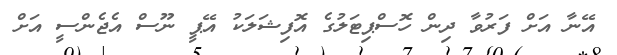
އޭނާ އަށް ފަރުވާ ދިން ހޮސްޕިޓަލުގެ އޮފިޝަލަކު އޭޕީ ނޫސް އެޖެންސީ އަށް